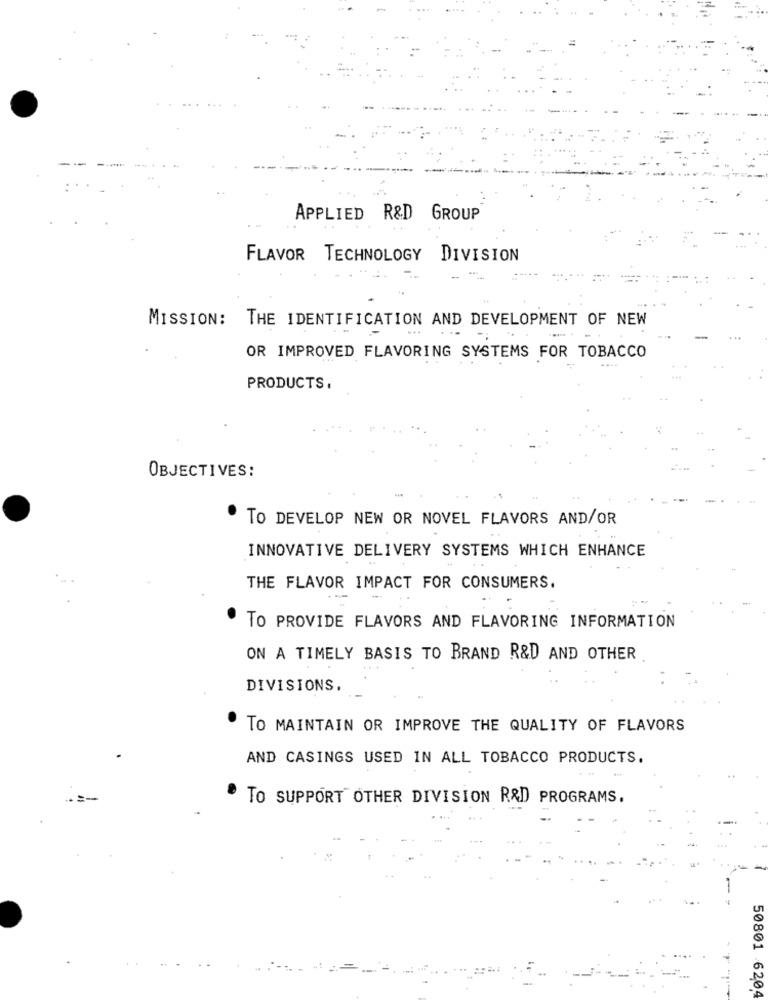
APPLIED R&D GROUP
FLAVOR TECHNOLOGY DIVISION
MISSION:
THE IDENTIFICATION AND DEVELOPMENT OF NEW
-
OR IMPROVED FLAVORING SYSTEMS FOR TOBACCO
PRODUCTS,
OBJECTIVES:
. TO DEVELOP NEW OR NOVEL FLAVORS AND/OR
INNOVATIVE DELIVERY SYSTEMS WHICH ENHANCE
THE FLAVOR IMPACT FOR CONSUMERS.
--
TO PROVIDE FLAVORS AND FLAVORING INFORMATION
ON A TIMELY BASIS TO BRAND R&D AND OTHER
DIVISIONS.
TO MAINTAIN OR IMPROVE THE QUALITY OF FLAVORS
AND CASINGS USED IN ALL TOBACCO PRODUCTS.
TO SUPPORT OTHER DIVISION R&D PROGRAMS.
50801 6204